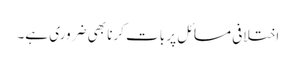
اختلافی مسائل پر بات کرنا بھی ضروری ہے۔